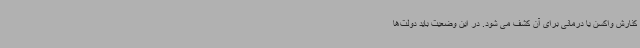
کنارش واکسن یا درمانی برای آن کشف می شود. در این وضعیت باید دولت‌ها